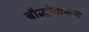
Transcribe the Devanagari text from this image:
बौद्धोपासना